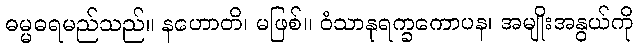
ဓမ္မဓရမည်သည်။ နဟောတိ၊ မဖြစ်။ ဝံသာနုရက္ခကောပန၊ အမျိုးအနွယ်ကို